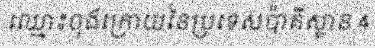
ឈ្មោះចុងក្រោយនៃប្រទេសប៉ាគីស្ថាន 4